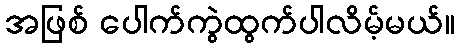
အဖြစ် ပေါက်ကွဲထွက်ပါလိမ့်မယ်။